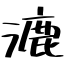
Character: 漉